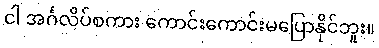
ငါ အင်္ဂလိပ်စကား ကောင်းကောင်းမပြောနိုင်ဘူး။